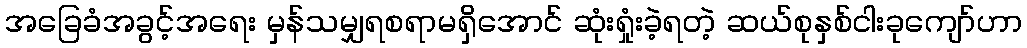
အခြေခံအခွင့်အရေး မှန်သမျှရစရာမရှိအောင် ဆုံးရှုံးခဲ့ရတဲ့ ဆယ်စုနှစ်ငါးခုကျော်ဟာ